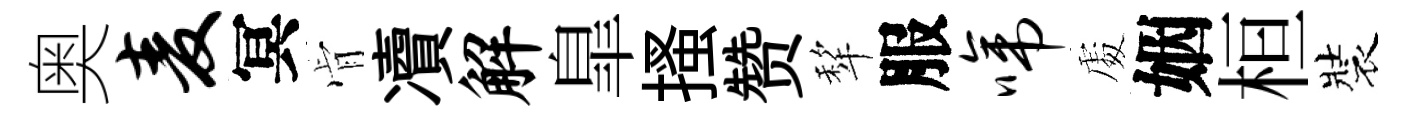
奥麦冥肻凟解臯搔赞犂服啼𠁅姻桓裝